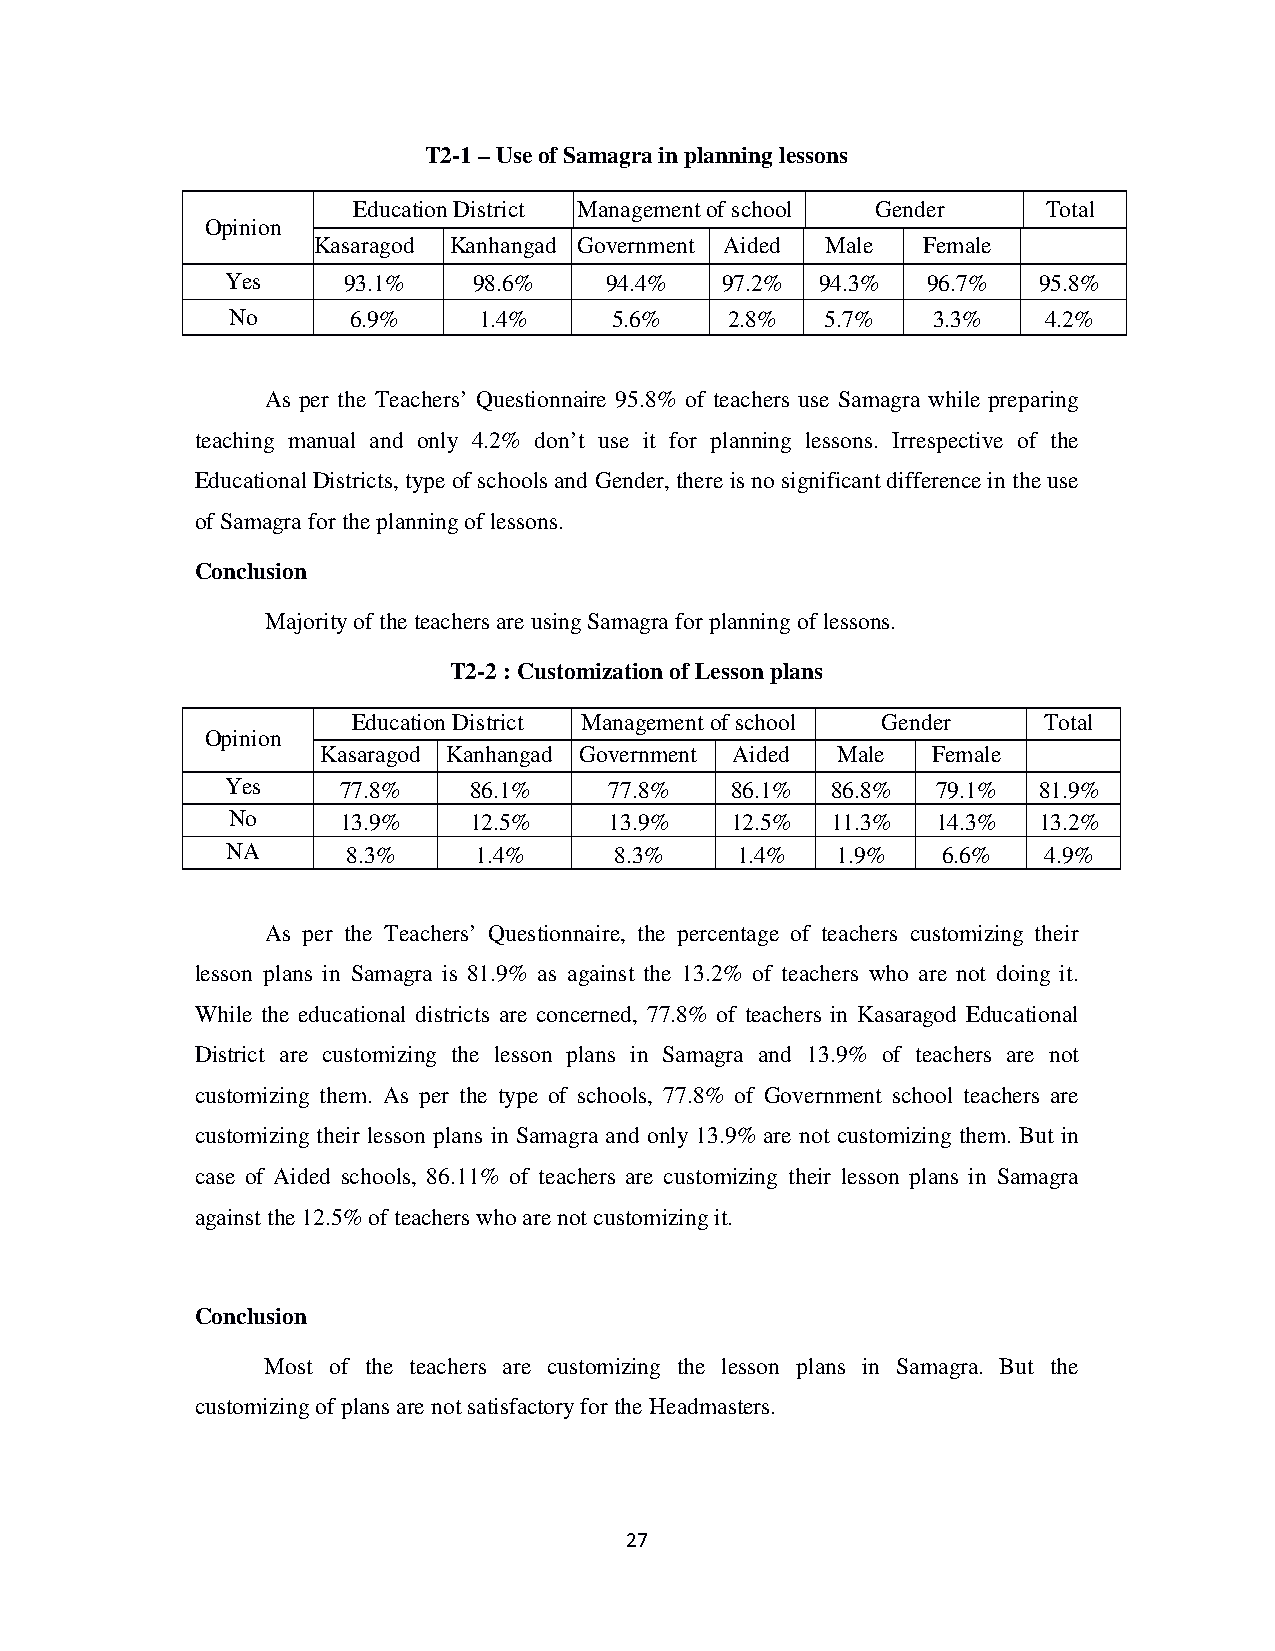
T2-1 – Use of Samagra in planning lessons
 Education District Management of school Gender Total
 Opinion
 Kasaragod Kanhangad Government Aided Male Female
 Yes     93.1%   98.6%    94.4%   97.2% 94.3%  96.7%   95.8%
 No      6.9%     1.4%     5.6%   2.8%   5.7%   3.3%   4.2%
 As per the Teachers’ Questionnaire 95.8% of teachers use Samagra while preparing
 teaching manual and only 4.2% don’t use it for planning lessons. Irrespective of the
 Educational Districts, type of schools and Gender, there is no significant difference in the use
 of Samagra for the planning of lessons.
 Conclusion
 Majority of the teachers are using Samagra for planning of lessons.
 T2-2 : Customization of Lesson plans
 Education District Management of school Gender Total
 Opinion
 Kasaragod Kanhangad Government Aided Male Female
 Yes     77.8%   86.1%    77.8%   86.1%  86.8%  79.1%  81.9%
 No      13.9%   12.5%    13.9%   12.5%  11.3%  14.3%  13.2%
 NA      8.3%    1.4%      8.3%    1.4%  1.9%   6.6%   4.9%
 As per the Teachers’ Questionnaire, the percentage of teachers customizing their
 lesson plans in Samagra is 81.9% as against the 13.2% of teachers who are not doing it.
 While the educational districts are concerned, 77.8% of teachers in Kasaragod Educational
 District are customizing the lesson plans in Samagra and 13.9% of teachers are not
 customizing them. As per the type of schools, 77.8% of Government school teachers are
 customizing their lesson plans in Samagra and only 13.9% are not customizing them. But in
 case of Aided schools, 86.11% of teachers are customizing their lesson plans in Samagra
 against the 12.5% of teachers who are not customizing it.
 Conclusion
 Most of the teachers are customizing the lesson plans in Samagra. But the
 customizing of plans are not satisfactory for the Headmasters.
 27